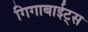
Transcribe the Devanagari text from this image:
गिगाबाईट्स